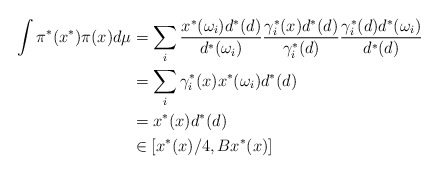
\begin{align*}\int\pi^*(x^*)\pi(x)d\mu&=\sum_i \frac{x^*(\omega_i)d^*(d)}{d^*(\omega_i)}\frac{\gamma^*_i(x) d^*(d)}{\gamma^*_i(d)}\frac{\gamma^*_i(d)d^*(\omega_i)}{d^*(d)}\\&=\sum_i\gamma^*_i(x)x^*(\omega_i)d^*(d)\\&=x^*(x)d^*(d)\\&\in[x^*(x)/4,Bx^*(x)]\end{align*}